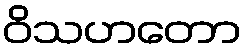
ဝိသဟတော